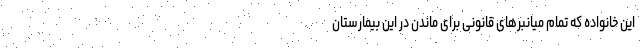
این خانواده که تمام میانبر‌های قانونی برای ماندن در این بیمارستان